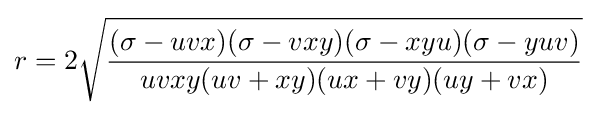
r=2{\sqrt {\frac {(\sigma -uvx)(\sigma -vxy)(\sigma -xyu)(\sigma -yuv)}{uvxy(uv+xy)(ux+vy)(uy+vx)}}}